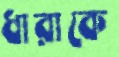
ধারাকে